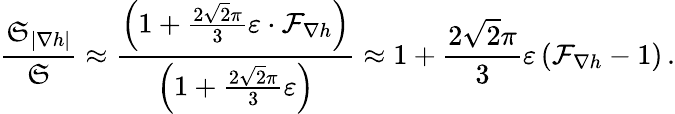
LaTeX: \frac{\mathfrak{S}_{|\nabla h|}}{\mathfrak{S}}\approx\frac{\left(1+\frac{2\sqrt{2}\pi}{3}\varepsilon\cdot\mathcal{F}_{\nabla h}\right)}{\left(1+\frac{2\sqrt{2}\pi}{3}\varepsilon\right)}\approx 1+\frac{2\sqrt{2}\pi}{3}\varepsilon\left(\mathcal{F}_{\nabla h}-1\right)\, .